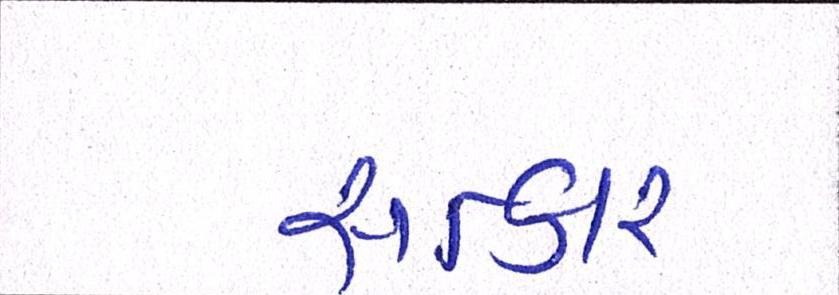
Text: સત્કાર